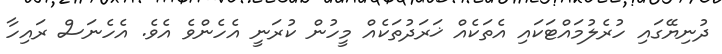
ދުނިޔޭގައި ހުރެލުމައްޓަކައި އެތަކެއް ޚަރަދުތަކެއް މީހުން ކުރަނީ އެހެންވެ އެވެ. އެހެނަސް ރައިހާ